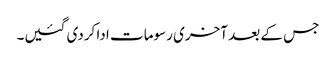
جس کے بعد آخری رسومات ادا کردی گئیں۔